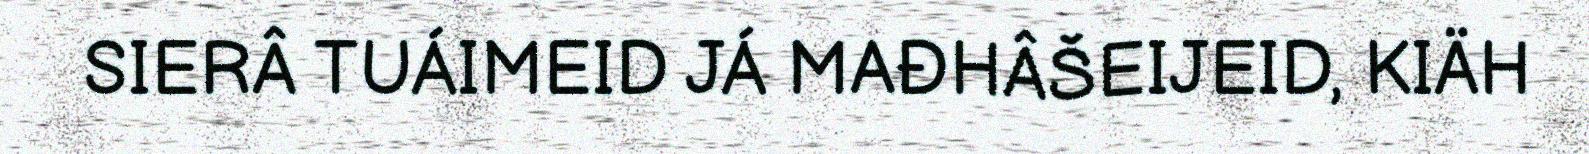
SIERÂ TUÁIMEID JÁ MAĐHÂŠEIJEID, KIÄH